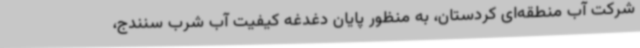
شرکت آب منطقه‌ای کردستان، به منظور پایان دغدغه کیفیت آب شرب سنندج،